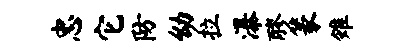
忠它防幼拉瀑醪篆雉